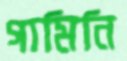
গামিনি